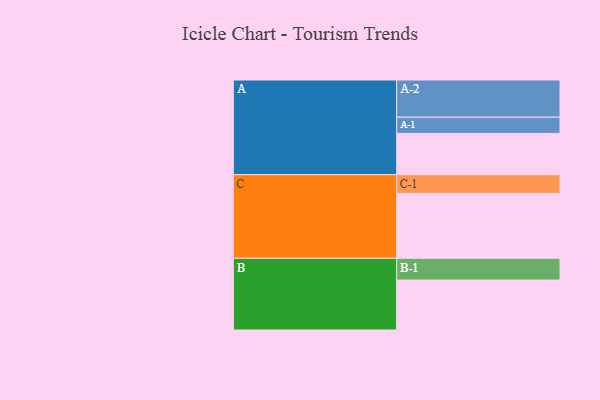
{"axis": {"x": "Segment", "y": "Value"}, "legend": ["", "A", "B", "C"], "data": [{"x": "A", "y": 324, "type": ""}, {"x": "B", "y": 392, "type": ""}, {"x": "C", "y": 509, "type": ""}, {"x": "A-1", "y": 127, "type": "A"}, {"x": "A-2", "y": 292, "type": "A"}, {"x": "B-1", "y": 171, "type": "B"}, {"x": "C-1", "y": 147, "type": "C"}]}